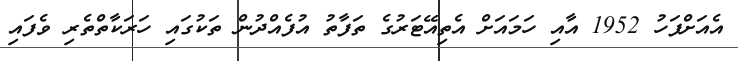
އެއަށްފަހު 1952 އާއި ހަމައަށް އެތިއޭޓަރުގެ ތަފާތު އުފެއްދުން ތަކުގައި ހަރަކާތްތެރި ވެފައި